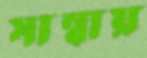
সাম্বায়